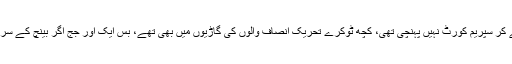
فیصلے کے دن صرف حکومتی جماعت مٹھائی کے ٹوکرے لے کر سپریم کورٹ نہیں پہنچی تھی، کچھ ٹوکرے تحریک انصاف والوں کی گاڑیوں میں بھی تھے، بس ایک اور جج اگر بینچ کے سربراہ کا ساتھ دیتے تو شاید یہ مٹھائیاں گاڑیوں میں سے نکل آتیں۔